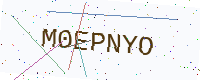
Text: M0EPNYO